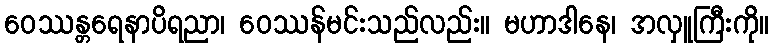
ဝေဿန္တရေနာပိရညာ၊ ဝေဿန်မင်းသည်လည်း။ မဟာဒါနေ၊ အလှူကြီးကို။